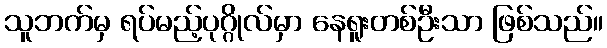
သူဘက်မှ ရပ်မည့်ပုဂ္ဂိုလ်မှာ နေရူးတစ်ဦးသာ ဖြစ်သည်။